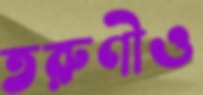
তরুণীও